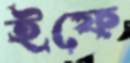
ইফে